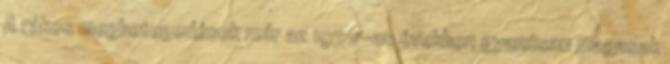
A rákos megbetegedések már az 1930-as években gyanúsan magasak